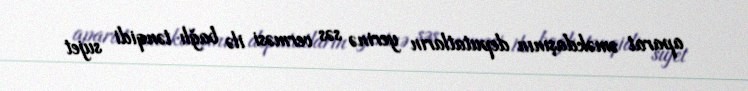
aparat əməkdaşının deputatların yerinə səs verməsi ilə bağlı tənqidi sujet